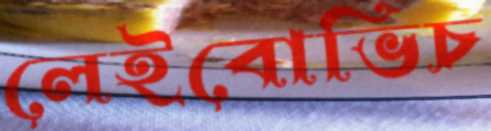
লেইবোভিচ